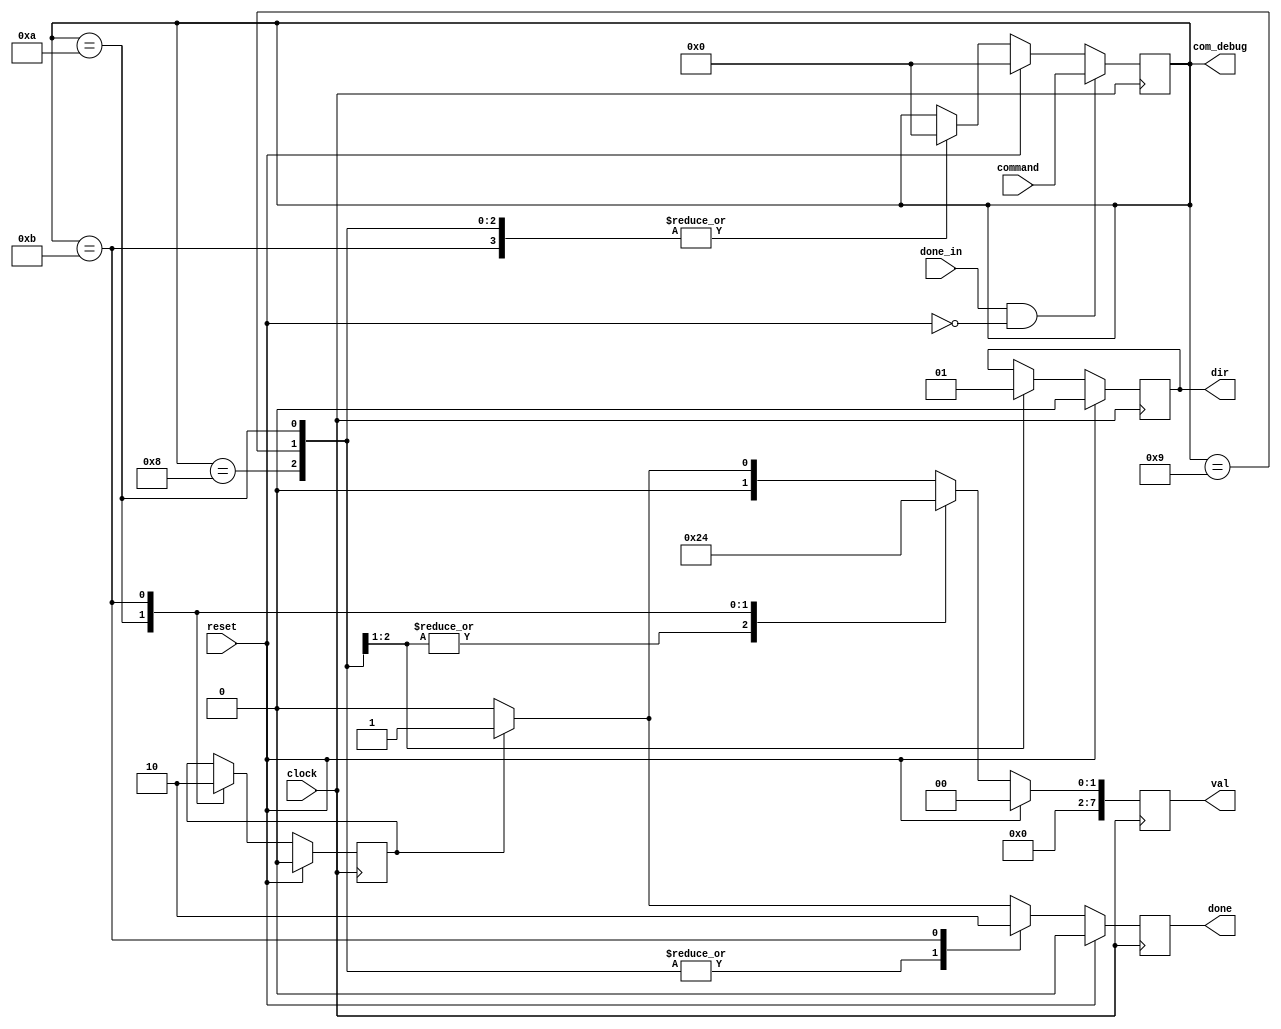
`timescale 1ns / 1ps
//////////////////////////////////////////////////////////////////////////////////
// Company: 
// Engineer: 
// 
// Design Name: 
// Module Name:    override_control 
// Project Name: 
// Target Devices: 
// Tool versions: 
// Description: 
//
// Dependencies: 
//
// Revision: 
// Revision 0.01 - File Created
// Additional Comments: 
//
//////////////////////////////////////////////////////////////////////////////////
module override_control(
    input clock,//system clock
    input reset,//system reset
    input [3:0] command, //voice (or switches) command
    input done_in,// command is ready for use signal
    output dir,//output direction (0 is left, 1 is right)
    output [7:0] val, //output value of how much to turn
    output done,//output saying val and dir are ready
	 output[3:0] com_debug//output of the stored command for debugging purposes;
    );
	
	//PARAMETERS
	 parameter STEPSIZE = 8'b00000010; //step size when direction is said
	 parameter GOSIZE = 8'b00000001; //step per clock cycle when in GO mode
	 
	 //module registers including output registers
	 reg [3:0] command_reg;
	 reg dir_reg, done_reg;
	 reg [7:0] val_reg;
	 reg persist;
	 
	 always @(posedge clock)begin
		if (reset)begin//on reset clear all the registers
			dir_reg <= 0;
			done_reg <= 0;
			command_reg <= 0;
			val_reg <= 0;
			persist <= 0;
		end
		else begin//choose outputs based on the given command
			case(command_reg)
			4'b1000: begin //Step Right
				dir_reg <= 0;
				val_reg <= STEPSIZE;
				done_reg <= 1;
				command_reg <= 0;
				end
			4'b1001: begin //Step Left
				dir_reg <= 1;
				val_reg <= STEPSIZE;
				done_reg <= 1;
				command_reg <= 0;
				end
			4'b1010: begin //Go
				val_reg <= GOSIZE;
				persist <= 1;
				done_reg <= 1;
				command_reg <= 0;
				end
			4'b1011: begin //STOP
				val_reg <= 8'b00000000;
				persist <= 0;
				done_reg <= 0;
				command_reg <= 0;
				end
			default: begin//for GO keep sending the signal otherwise stop after one clock cycle
				if(persist) begin
					done_reg <= 1;
					val_reg <= GOSIZE; //added after checkoff, makes it so changing direction while in GO does not change speed
					end
				else begin
					done_reg <= 0;
					val_reg <= 8'b000000;
				end
			end
			endcase
		end

		if (done_in && !reset)command_reg <= command; //only store command when given the done_in signal
	end

//output registers assignments
assign dir = dir_reg;
assign val = val_reg;
assign done = done_reg;
assign com_debug = command_reg;
			
	 

endmodule